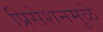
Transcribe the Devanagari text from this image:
प्रिसेशनमुळे